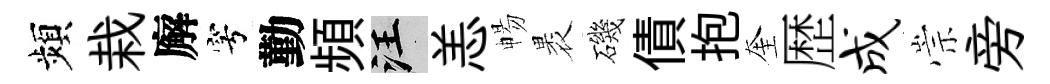
頻栽廨穹勤頻汪恙暢褁磯債抱奎歴成崇旁